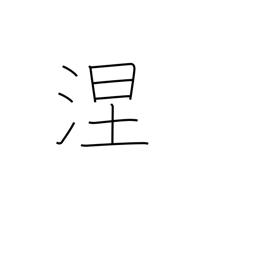
Meaning: black soil